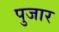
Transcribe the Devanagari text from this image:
पुजार